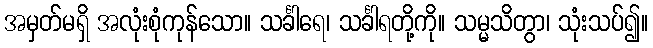
အမှတ်မရှိ အလုံးစုံကုန်သော။ သင်္ခါရေ၊ သင်္ခါရတို့ကို။ သမ္မသိတွာ၊ သုံးသပ်၍။